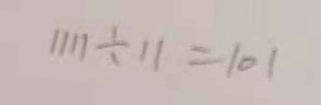
1 1 1 1 \div 1 1 = 1 0 1